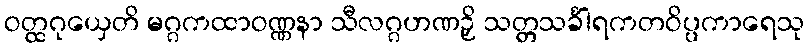
ဝတ္ထဂုယှေတိ မဂ္ဂကထာဝဏ္ဏနာ သီလဂ္ဂဟဏဉှိ သတ္တသင်္ခါရကတဝိပ္ပကာရေသု